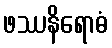
ဖဿနိရောဓံ